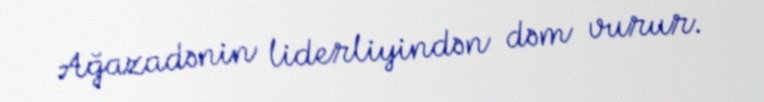
Ağazadənin liderliyindən dəm vurur.